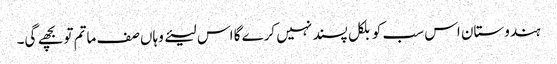
ہندوستان اس سب کو بلکل پسند نہیں کرے گا اس لیئے وہاں صف ماتم تو بچھے گی۔